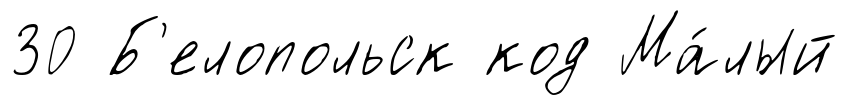
30 Б'елопольск код Ма́лый